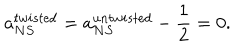
a _ { N S } ^ { t w i s t e d } = a _ { N S } ^ { u n t w i s t e d } - \frac { 1 } { 2 } = 0 .